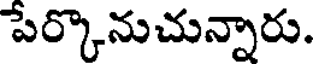
పేర్కొనుచున్నారు.